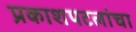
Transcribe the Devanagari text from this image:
प्रकाशपटलांचा